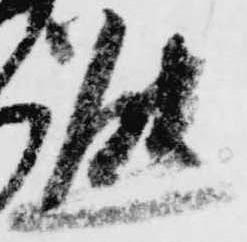
態